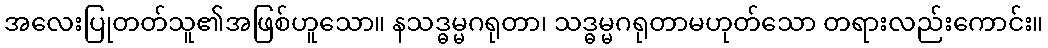
အလေးပြုတတ်သူ၏အဖြစ်ဟူသော။ နသဒ္ဓမ္မဂရုတာ၊ သဒ္ဓမ္မဂရုတာမဟုတ်သော တရားလည်းကောင်း။